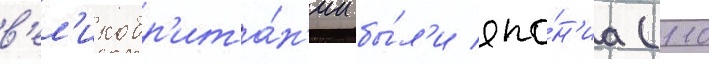
в'ел'икобр'ита́н'ии бы́л'и япо́н'иа (110